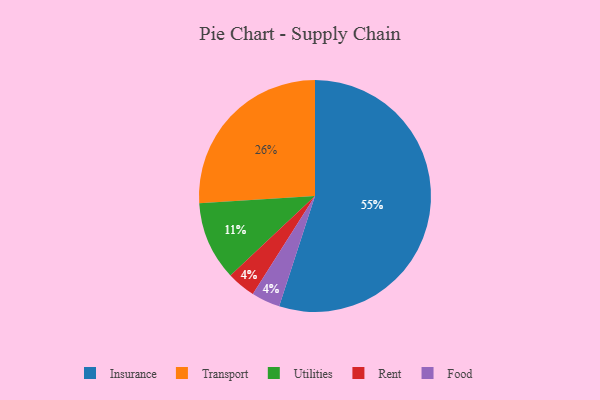
{"axis": {"x": "Category", "y": "Percentage"}, "legend": ["Food", "Insurance", "Rent", "Transport", "Utilities"], "data": [{"x": "Rent", "y": 4, "type": "Rent"}, {"x": "Utilities", "y": 11, "type": "Utilities"}, {"x": "Transport", "y": 26, "type": "Transport"}, {"x": "Food", "y": 4, "type": "Food"}, {"x": "Insurance", "y": 55, "type": "Insurance"}]}